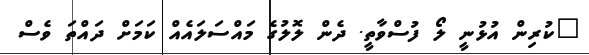
"ކުރިން އުޅުނީ ލޯ ފުސްވާތީ. ދެން ލޮލުގެ މައްސަލައެއް ކަމަށް ދައްތަ ވެސް